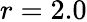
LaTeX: r=2.0